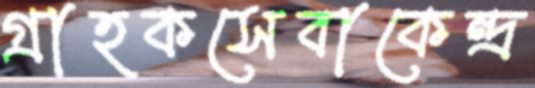
গ্রাহকসেবাকেন্দ্র